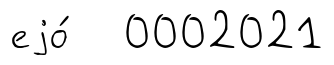
еjо́ 0002021